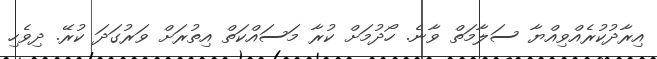
އިރާދުކުރެއްވިއްޔާ ސަލާމަތް ވާނެ. ހޯދުމަށް ކުރާ މަސައްކަތް އިތުރަށް ވަރުގަދަ ކުރޭ. ދިވެހި